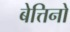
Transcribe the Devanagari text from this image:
बेत्तिनो